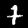
Digit: 7